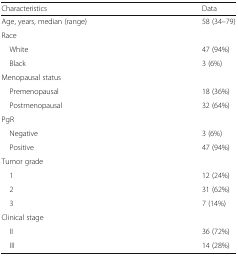
| Characteristics | Data |
 | --- | --- |
 | Age, years, median (range) | 58 (34–79) |
 | <COLSPAN=2> Race |
 | White | 47 (94%) |
 | Black | 3 (6%) |
 | <COLSPAN=2> Menopausal status |
 | Premenopausal | 18 (36%) |
 | Postmenopausal | 32 (64%) |
 | <COLSPAN=2> PgR |
 | Negative | 3 (6%) |
 | Positive | 47 (94%) |
 | <COLSPAN=2> Tumor grade |
 | 1 | 12 (24%) |
 | 2 | 31 (62%) |
 | 3 | 7 (14%) |
 | <COLSPAN=2> Clinical stage |
 | II | 36 (72%) |
 | III | 14 (28%) |